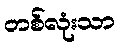
တစ်လုံးသာ